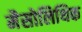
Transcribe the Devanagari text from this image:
मैसोलिथिक